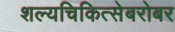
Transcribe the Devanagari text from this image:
शल्यचिकित्सेबरोबर